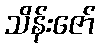
သိန်းဇော်